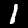
Label: 1